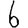
Digit: 6